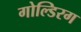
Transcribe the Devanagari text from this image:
गोल्डिरग